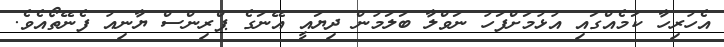
އެހުރިހާ ކަމެއްގައި އުޅުމަށްފަހު ނަވްލާ ބަލަމުން ދިޔައީ އޭނަގެ ޕްރިންސް ޔާނިއު ފެނޭތޯއެވެ.